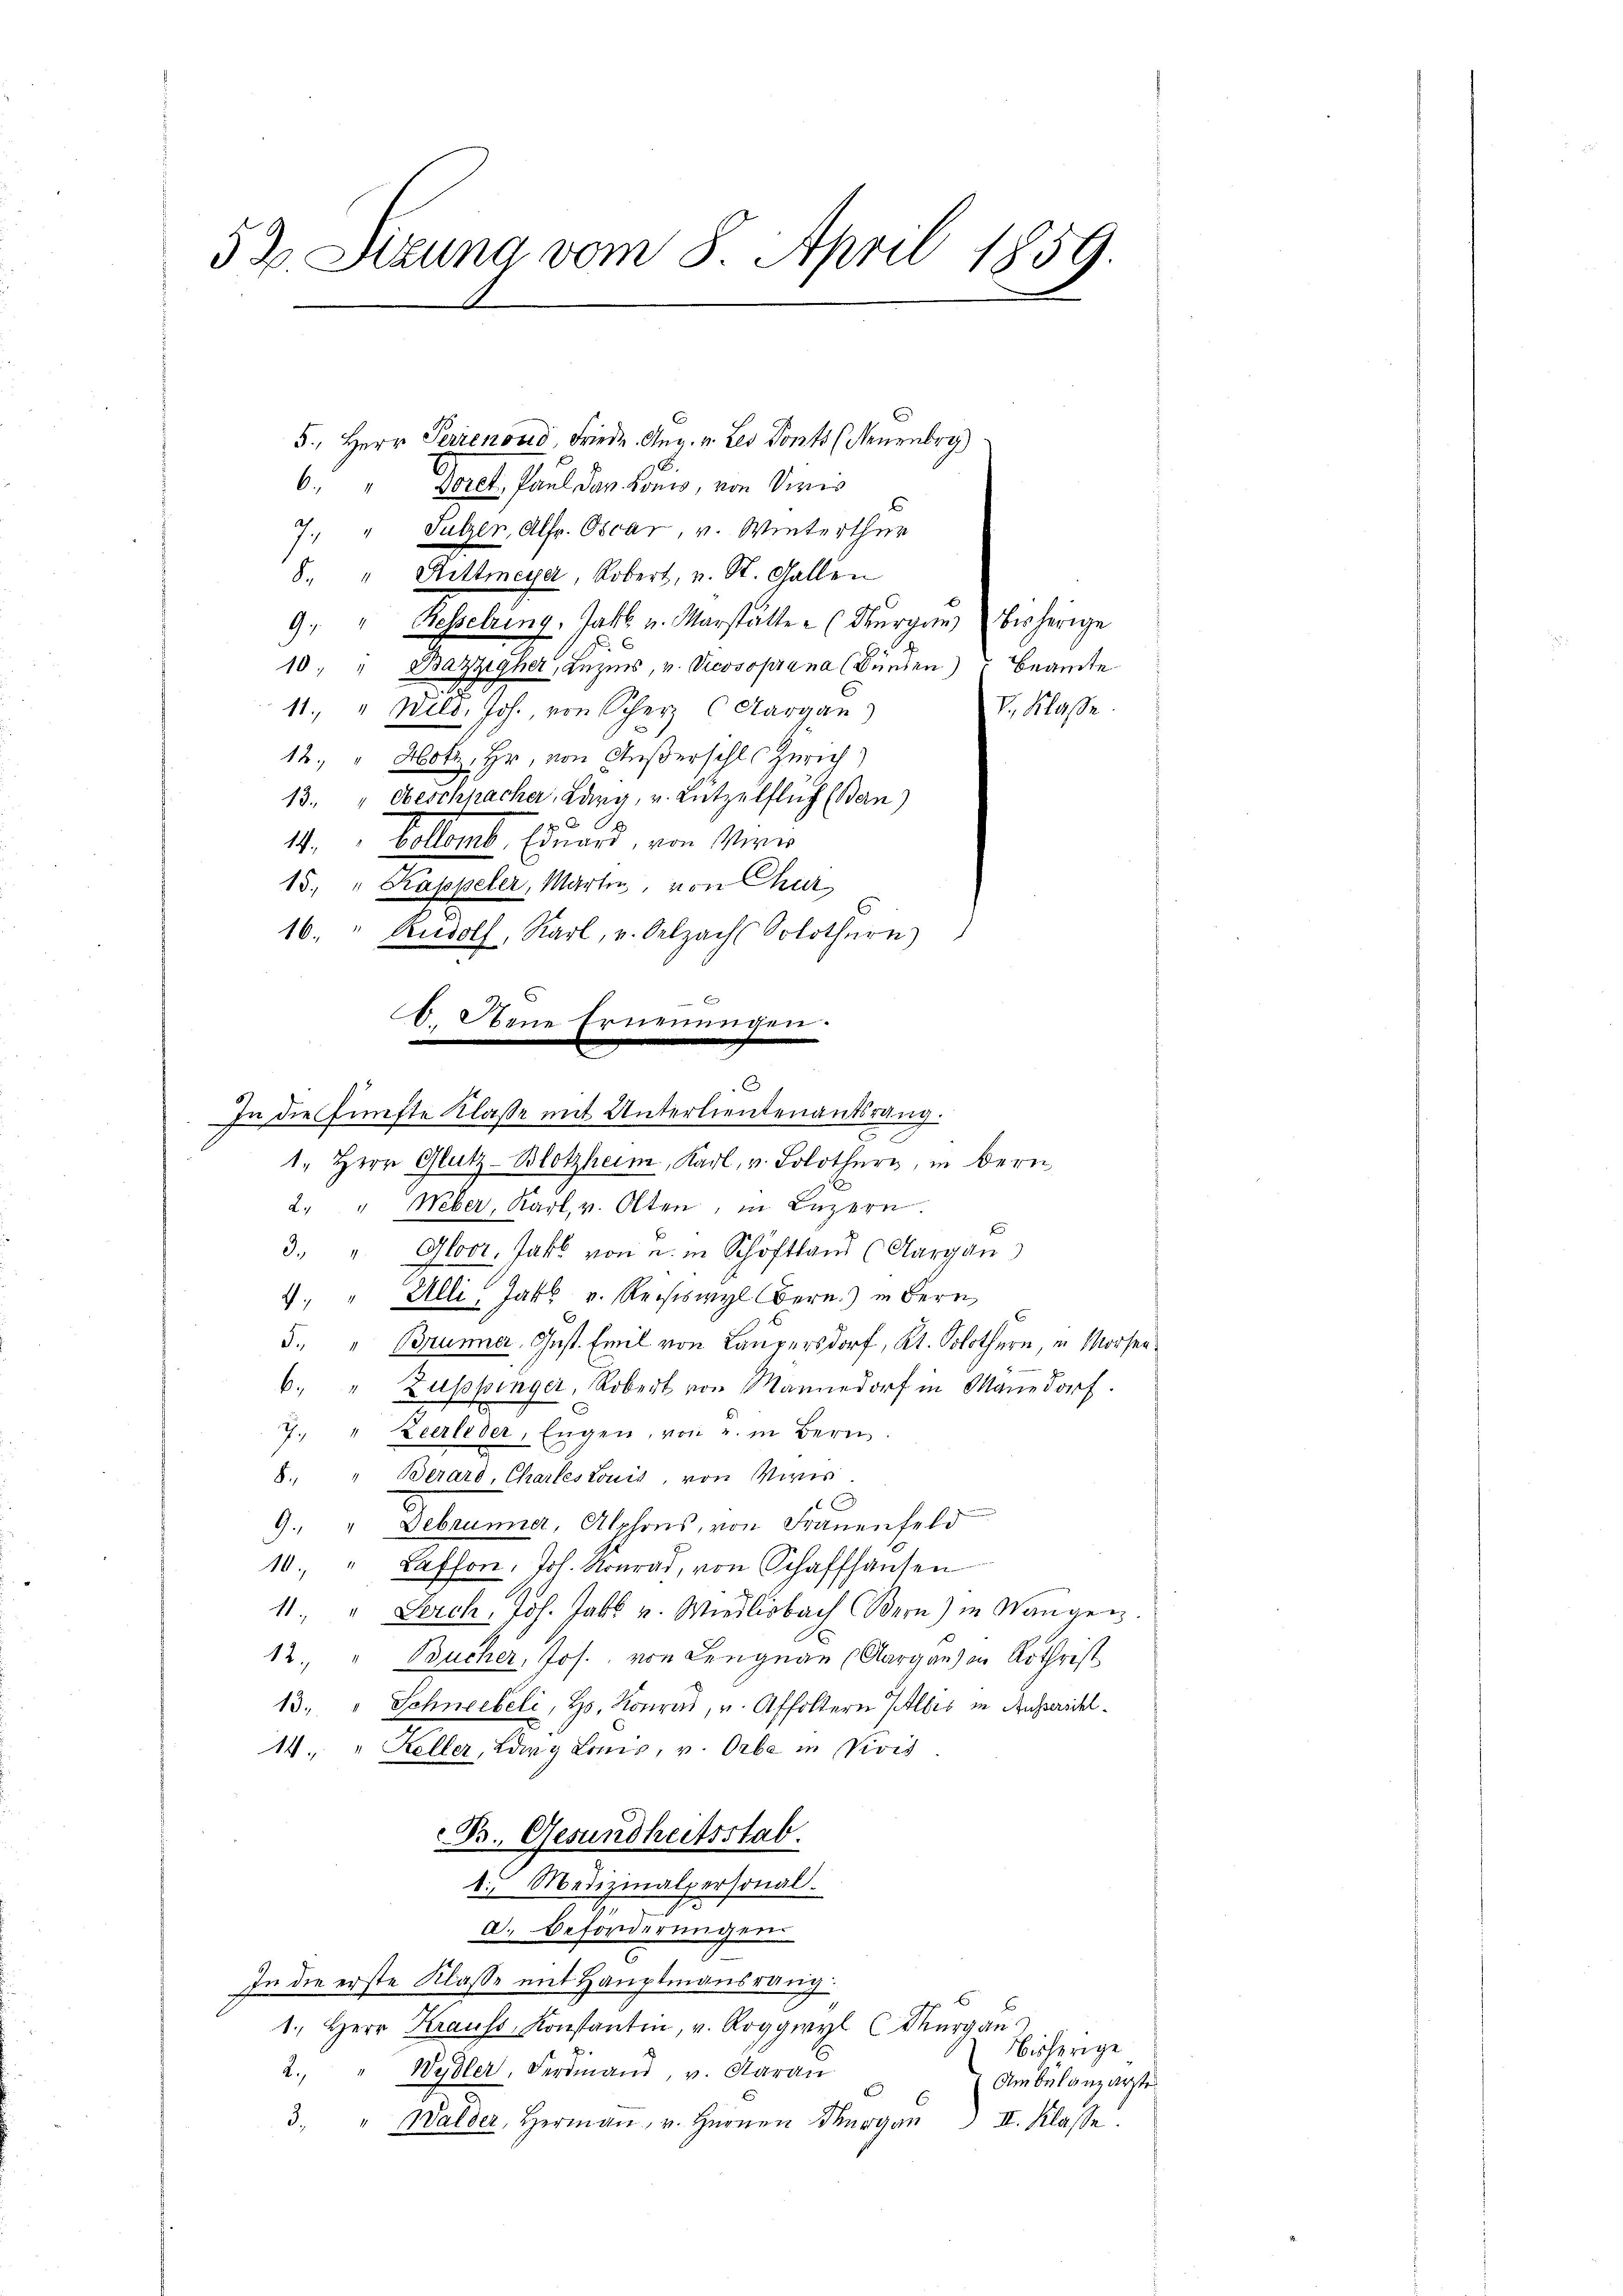
52 Sitzung vom 8. April 1859.

5., Herr Ferienoud Friede. Aug. v. Les Ponts (Neuenbry)
6. " Borel Paul den Lonis, von Viais
" Sulzer, Alfr. Oscar, v. Winterthur
s
8. " Rittmeya, Robert, u. St. Gallen
9. " Rosselring. Zahl u. Marstätter (Thurgau (besherige
10 " Bazzigher, Luzers, v. Vicosoprana (Bürden) Beamte
11. " Wild, Joh. von Scherz (Aargau)
12. " Hotz, Hr. von Außerschles Zürich)
13. " beschpacher, Lang, u. Lützelflich (Bern)
1. Collent. Einand, von Miner
15. " Kaspeler, Marten, von Chur
16. " Rudolf, Karl v. Selzach Solothurn)
O. Obene Ernennungen.
1. Herr Glutz-Blotzheim, Karl, u. Solothurn, in Bern
2. " Weber, Karl v. Olten, in Luzern.
.
3. " Gloor, habe von u. in Schöftland (Aargau)
4. " Alli, Jak. v. Reiseswyl Bern) in Bern,
5. " Brunner, Gust. Emil von Laupersdorf, Kt. Solothurn, in Morsenb. " Zuppinger, Robert von Mannedorf in Manedorf.
7. " Zeerleder, Engen, von u. in Bern
8. " Berard, Chartes Louis, von Voris.
G
9." Debrunner, Alphons, von Frauenfeld
10. " Caffon, Joh. Konrad, von Schaffhausen
11. " Lerch, Joh. Jabs v. Wiedlisbach Bern) in Wangen
12 " Bucher, Jos. von Lengnau (Aargaus in Rothrist
13. " Schneebeli, Hs. Konrad, u. Affoltern Albis in Ausserschl¬
14. " Keller, Bary Lonis, v. Orbe in Vivis
B. Gesundheitsstab.
t. Medizinalpersonal.
a. Beförderungen.
In die erste Klasse mit Hauptmannsrang.
1. Herr Krauss, Konstantin, v. Roggwyl (Margau
bisherige
Wydler, Ferdinand, v. Aarau
2.)
Ambulanzerste
3.
Walder, Hermaṅ, v. Herren Thurgau II. Klasse.

E

6
In die fünfte Klasse mit Unterlieutenantsrang.

V. Klasse